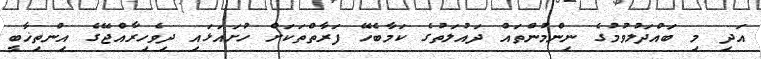
އަދި މި ބައްދަލުވުމުގެ ނިންމުންތައް ދައުލަތުގެ ކަމާބެހޭ ފަރާތްތަކަށް ހުށައަޅައި ދިވެހިރާއްޖޭގެ އިންތިޚާބީ